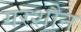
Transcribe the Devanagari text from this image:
गरशौन